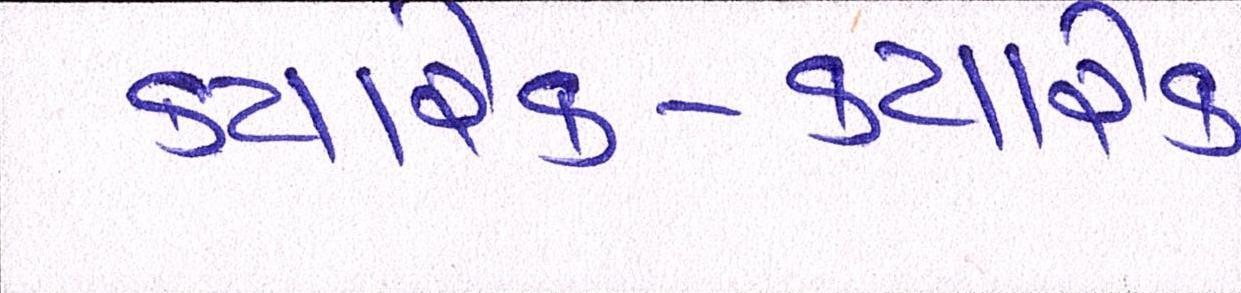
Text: ક્યારેક-ક્યારેક